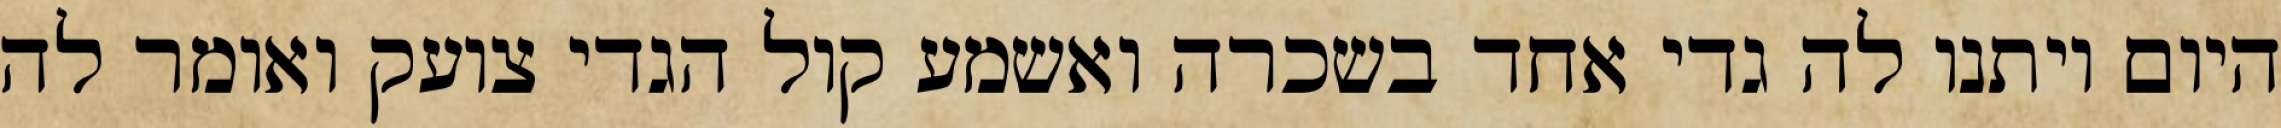
היום ויתנו לה גדי אחד בשכרה ואשמע קול הגדי צועק ואומר לה